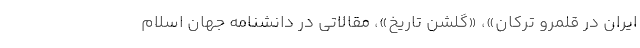
ایران در قلمرو ترکان»، «گلشن تاریخ»، مقالاتی در دانشنامه جهان اسلام